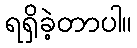
ရရှိခဲ့တာပါ။